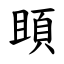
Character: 䪶